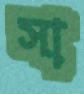
সা